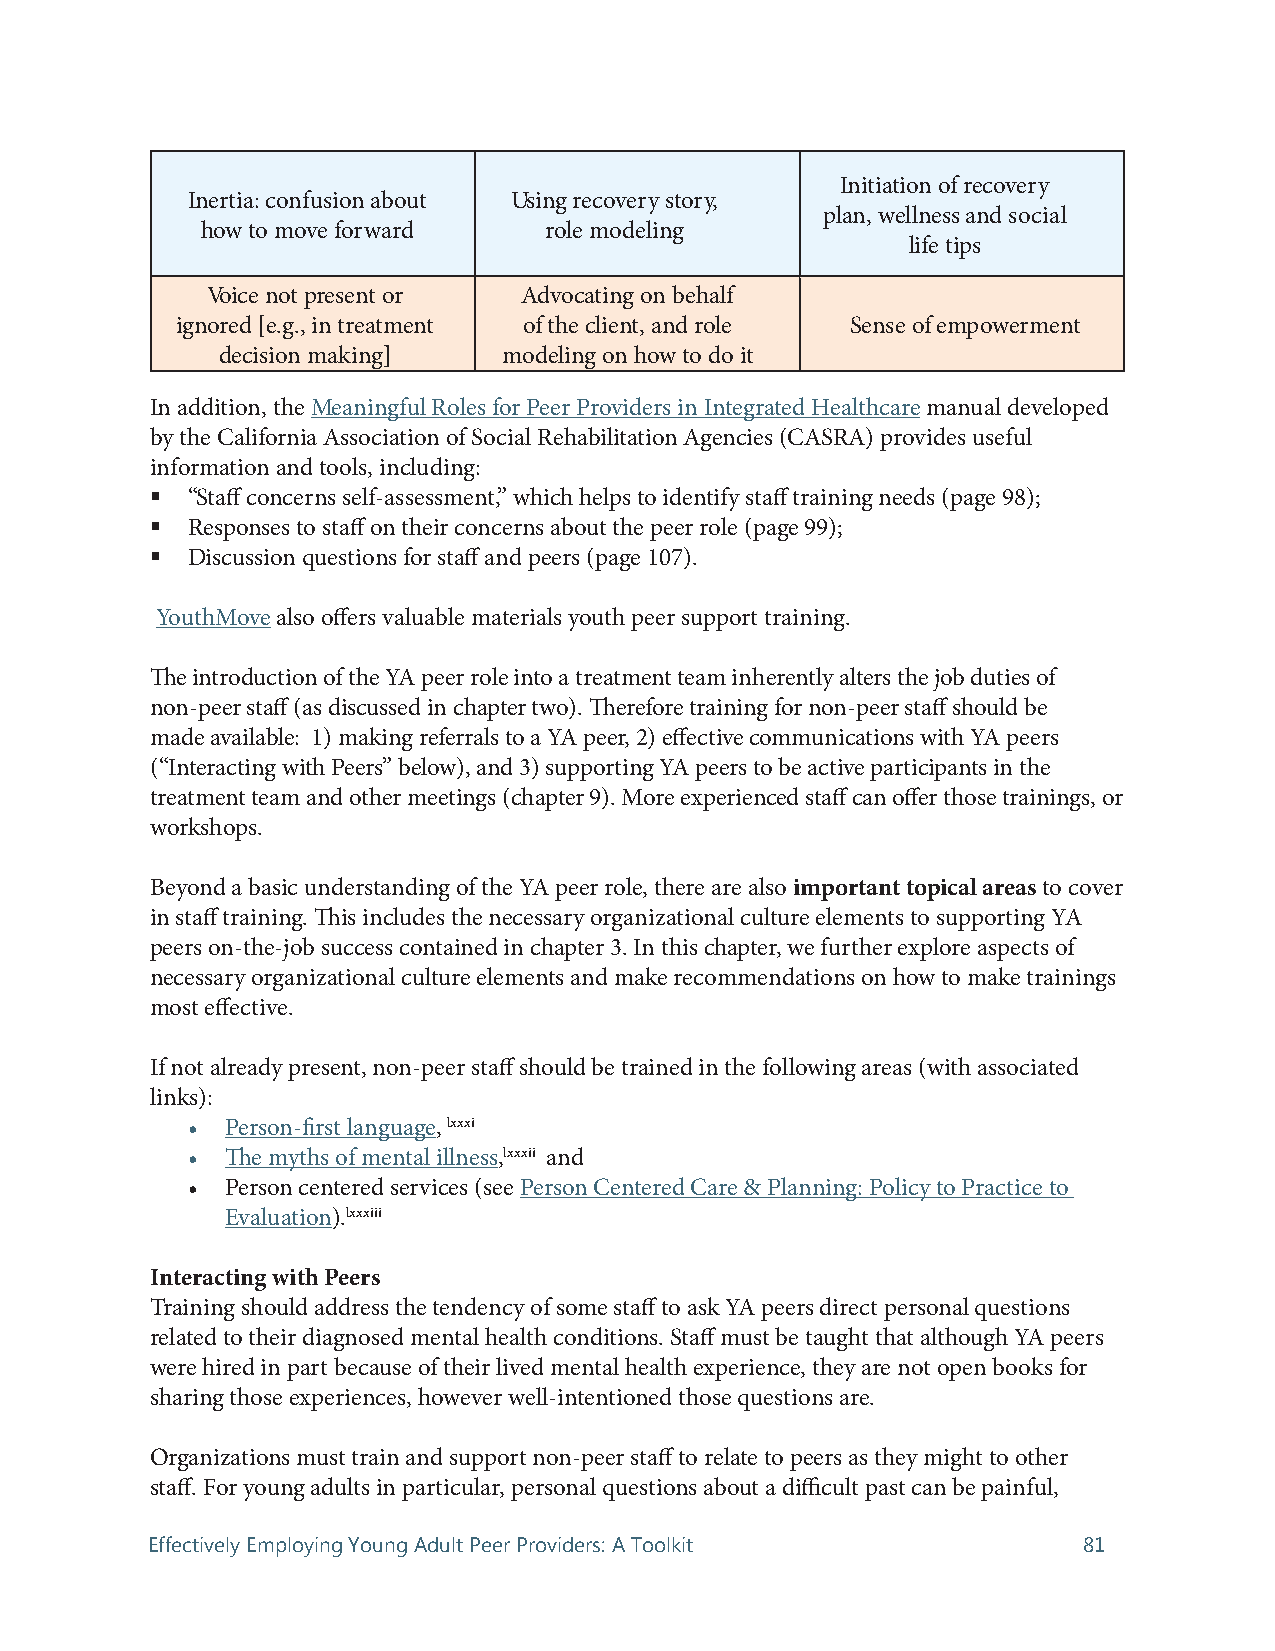
Initiation of recovery
 Inertia: confusion about Using recovery story,
 plan, wellness and social
 how to move forward    role modeling
 life tips
 Voice not present or Advocating on behalf
 ignored [e.g., in treatment of the client, and role Sense of empowerment
 decision making]   modeling on how to do it
 In addition, the Meaningful Roles for Peer Providers in Integrated Healthcare manual developed
 by the California Association of Social Rehabilitation Agencies (CASRA) provides useful
 information and tools, including:
  “Staff concerns self-assessment,” which helps to identify staff training needs (page 98);
  Responses to staff on their concerns about the peer role (page 99);
  Discussion questions for staff and peers (page 107).
 YouthMove also offers valuable materials youth peer support training.
 The introduction of the YA peer role into a treatment team inherently alters the job duties of
 non-peer staff (as discussed in chapter two). Therefore training for non-peer staff should be
 made available: 1) making referrals to a YA peer, 2) effective communications with YA peers
 (“Interacting with Peers” below), and 3) supporting YA peers to be active participants in the
 treatment team and other meetings (chapter 9). More experienced staff can offer those trainings, or
 workshops.
 Beyond a basic understanding of the YA peer role, there are also important topical areas to cover
 in staff training. This includes the necessary organizational culture elements to supporting YA
 peers on-the-job success contained in chapter 3. In this chapter, we further explore aspects of
 necessary organizational culture elements and make recommendations on how to make trainings
 most effective.
 If not already present, non-peer staff should be trained in the following areas (with associated
 links):
 •  Person-first language, lxxxi
 •  The myths of mental illness,lxxxii and
 •  Person centered services (see Person Centered Care & Planning: Policy to Practice to
 Evaluation).lxxxiii
 Interacting with Peers
 Training should address the tendency of some staff to ask YA peers direct personal questions
 related to their diagnosed mental health conditions. Staff must be taught that although YA peers
 were hired in part because of their lived mental health experience, they are not open books for
 sharing those experiences, however well-intentioned those questions are.
 Organizations must train and support non-peer staff to relate to peers as they might to other
 staff. For young adults in particular, personal questions about a difficult past can be painful,
 Effectively Employing Young Adult Peer Providers: A Toolkit   81